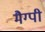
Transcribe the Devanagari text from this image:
मैग्पी